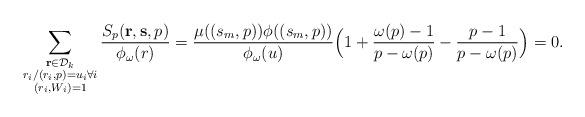
LaTeX: \begin{align*}\sum_{\substack{\mathbf{r}\in\mathcal{D}_k\\ r_i/(r_i,p)=u_i\forall i\\ (r_i,W_i)=1}}\frac{S_{p}(\mathbf{r},\mathbf{s},p)}{\phi_\omega(r)}=\frac{\mu((s_m,p))\phi((s_m,p))}{\phi_\omega(u)}\Bigl(1+\frac{\omega(p)-1}{p-\omega(p)}-\frac{p-1}{p-\omega(p)}\Bigr)=0.\end{align*}